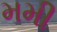
મમી